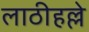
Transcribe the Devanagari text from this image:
लाठीहल्ले